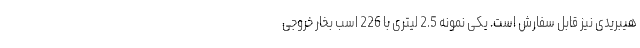
هیبریدی نیز قابل سفارش است. یکی نمونه 2.5 لیتری با 226 اسب بخار خروجی